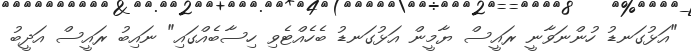
"އަޅުގަނޑު ހުންނަވާނީ ރައީސް ޔާމީން އަޅުގަނޑު ބެހެއްޓެވި ހިސާބެއްގައި" ނައިބު ރައީސް އަދީބު